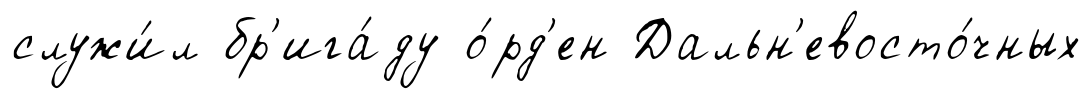
служи́л бр'ига́ду о́рд'ен Дальн'евосто́чных